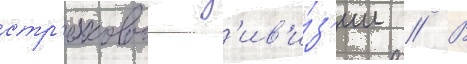
стр'елковои д'ив'и́з'ии // В